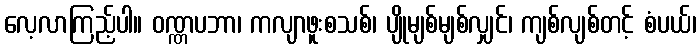
လေ့လာကြည့်ပါ။ ဝဏ္ဏပဘာ၊ ကလျာဖူးစသစ်၊ ပျိုမျစ်မျစ်လျှင်၊ ကျစ်လျစ်တင့် စံပယ်၊